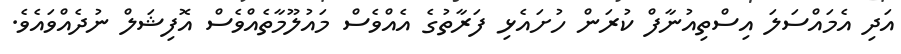
އަދި އެމައްސަލަ އިސްތިއުނާފް ކުރަން ހުށައެޅި ފަރާތުގެ އެއްވެސް މައުލޫމާތެއްވެސް އޮފިޝަލް ނުދެއްވައެވެ.